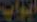
ایران